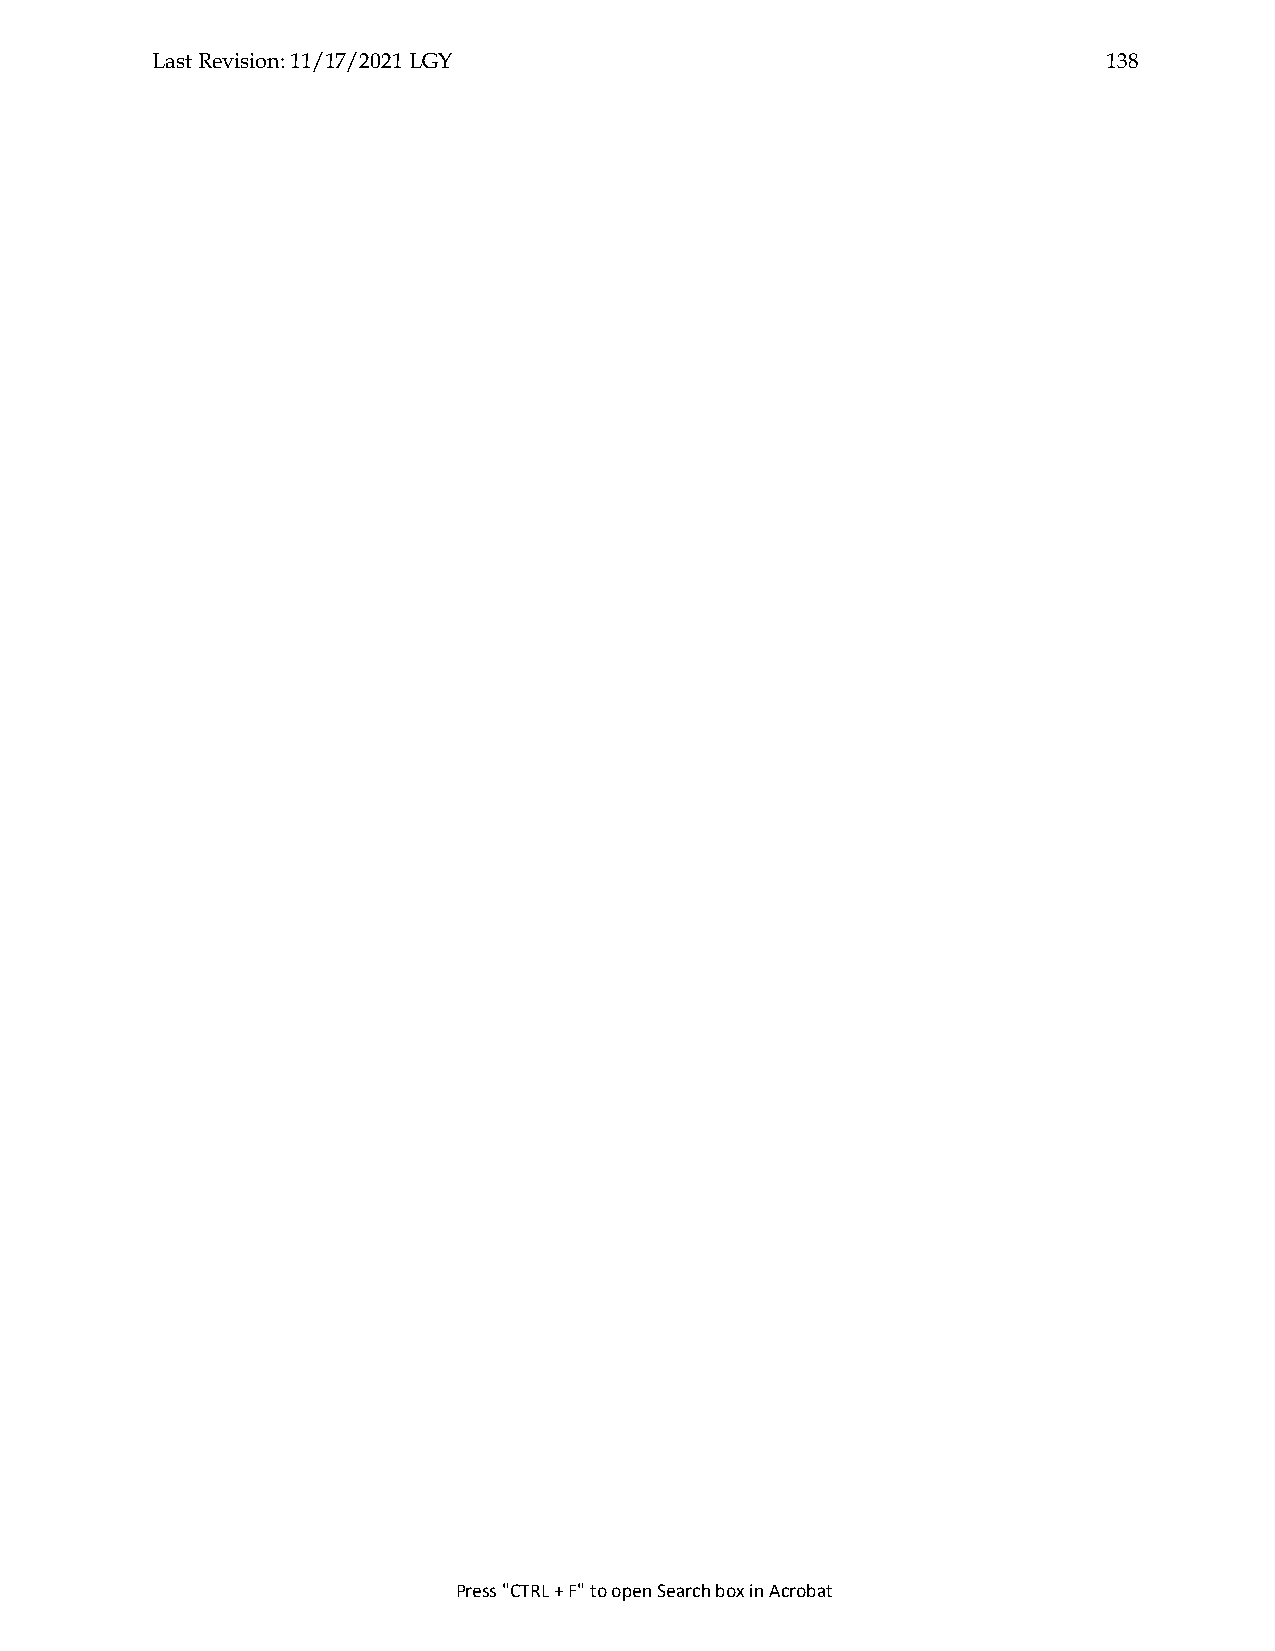
Last Revision: 11/17/2021 LGY                                  138
 Press "CTRL + F" to open Search box in Acrobat